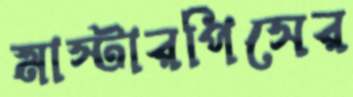
মাস্টারপিসের